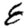
Digit: 8